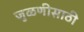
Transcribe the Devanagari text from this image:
जुळणीसाठी